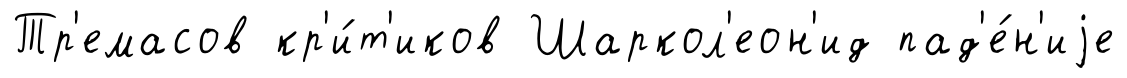
Тр'емасов кр'и́т'иков Шаркол'еон'ид пад'е́н'иjе